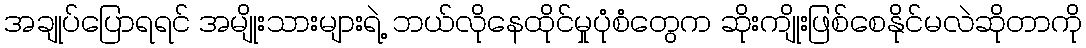
အချုပ်ပြောရရင် အမျိုးသားများရဲ့ ဘယ်လိုနေထိုင်မှုပုံစံတွေက ဆိုးကျိုးဖြစ်စေနိုင်မလဲဆိုတာကို